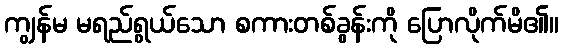
ကျွန်မ မရည်ရွယ်သော စကားတစ်ခွန်းကို ပြောလိုက်မိ၏။